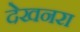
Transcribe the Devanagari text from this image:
देखनरा